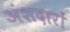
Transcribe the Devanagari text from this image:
अंशदारों